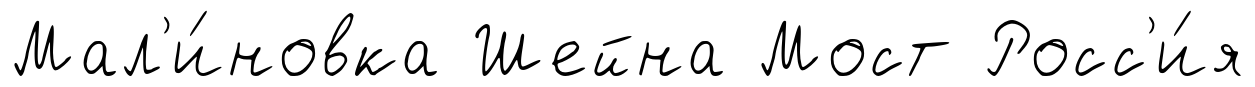
Мал'и́новка Шейна Мост Росс'и́я